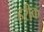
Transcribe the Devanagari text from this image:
हरीक